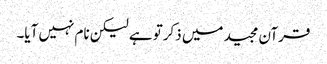
قرآن مجید میں ذکرتو ہے لیکن نام نہیں آیا۔